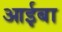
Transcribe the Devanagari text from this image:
आईबा